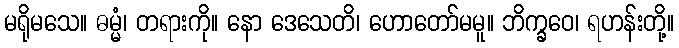
မရိုမသေ။ ဓမ္မံ၊ တရားကို။ နော ဒေသေတိ၊ ဟောတော်မမူ။ ဘိက္ခဝေ၊ ရဟန်းတို့။